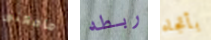
مامعنى ربطه بأتجاه